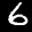
Label: 6